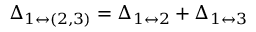
\Delta _ { 1 \leftrightarrow ( 2 , 3 ) } = \Delta _ { 1 \leftrightarrow 2 } + \Delta _ { 1 \leftrightarrow 3 }